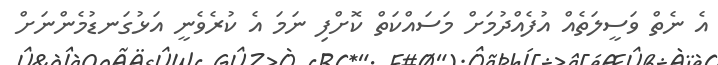
އެ ނެތް ވަސީލަތެއް އުފެއްދުމަށް މަސައްކަތް ކޮށްފި ނަމަ އެ ކުރެވެނީ އަޅުގަނޑުމެންނަށް